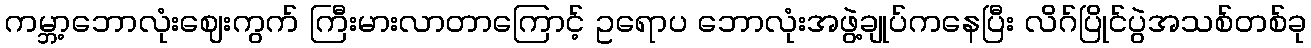
ကမ္ဘာ့ဘောလုံးဈေးကွက် ကြီးမားလာတာကြောင့် ဥရောပ ဘောလုံးအဖွဲ့ချုပ်ကနေပြီး လိဂ်ပြိုင်ပွဲအသစ်တစ်ခု